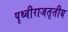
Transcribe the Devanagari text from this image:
पृथ्वीराजतृतीय